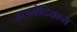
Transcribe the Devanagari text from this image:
डलमेटियन्स